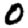
Digit: 0